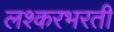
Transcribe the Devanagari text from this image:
लश्करभरती